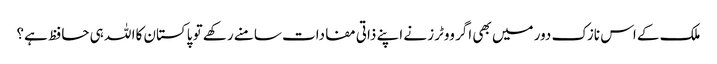
ملک کے اس نازک دور میں بھی اگر ووٹرز نے اپنے ذاتی مفادات سامنے رکھے تو پاکستان کاا للہ ہی حافظ ہے؟